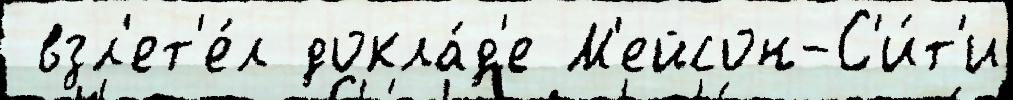
 взл'ет'е́л докла́д'е М'ейсон-С'и́т'и